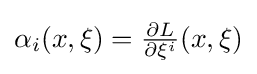
\alpha _{i}(x,\xi )={\tfrac {\partial L}{\partial \xi ^{i}}}(x,\xi )